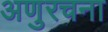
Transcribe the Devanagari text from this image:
अणुरचना